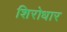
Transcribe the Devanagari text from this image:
शिरोधार